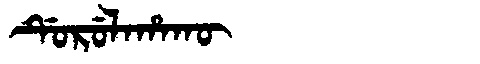
Manchu: ᡩᡠᡵᡠᠯᠠᡥᠠᡴᡡ
Romanization: DURULAHAKŪ